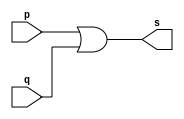
// ------------------------- 
// Exercicio01-09 - OR com 3 portas e 4 entradas
// Nome: Lucas Siqueira Chagas 
// ------------------------- 
// ------------------------- 
// -- or gate com 2 portas de 3 entradas
// ------------------------- 
module orgate ( output s, 
input p, 
input q
); 
assign s = p | q; 
endmodule // orgate 
// --------------------- 
// -- test or gate 
// --------------------- 
module testorgate; 
// ------------------------- dados locais 
reg a, b, c, d; // definir registradores 
wire s1, s2, s; // definir conexao (fio) 
// ------------------------- instancia 
orgate OR1 (s1, a, b); 
orgate OR2 (s2, c, d);
orgate OR3 (s, s1, s2);
// ------------------------- preparacao 
initial begin:start 
// atribuicao simultanea 
// dos valores iniciais 
a=0; b=0; c=0; d=0;
end 
// ------------------------- parte principal 
initial begin 
$display("Exercicio01-10 - Lucas Siqueira Chagas - 380783"); 
$display("Test OR gate com 2 portas de 4 entradas"); 
$display("\na | b | c | d = s\n"); 
$monitor("(%b | %b | %b | %b) = %b", a, b, c, d, s);
#1 a=0; b=0; c=0; d=0; 
#1 a=0; b=0; c=0; d=1;
#1 a=0; b=0; c=1; d=0;
#1 a=0; b=0; c=1; d=1;
#1 a=0; b=1; c=0; d=0;
#1 a=0; b=1; c=0; d=1;
#1 a=0; b=1; c=1; d=0;
#1 a=0; b=1; c=1; d=1;
#1 a=1; b=0; c=0; d=0; 
#1 a=1; b=0; c=0; d=1;
#1 a=1; b=0; c=1; d=0;
#1 a=1; b=0; c=1; d=1;
#1 a=1; b=1; c=0; d=0;
#1 a=1; b=1; c=0; d=1;
#1 a=1; b=1; c=1; d=0;
#1 a=1; b=1; c=1; d=1;

end 
endmodule